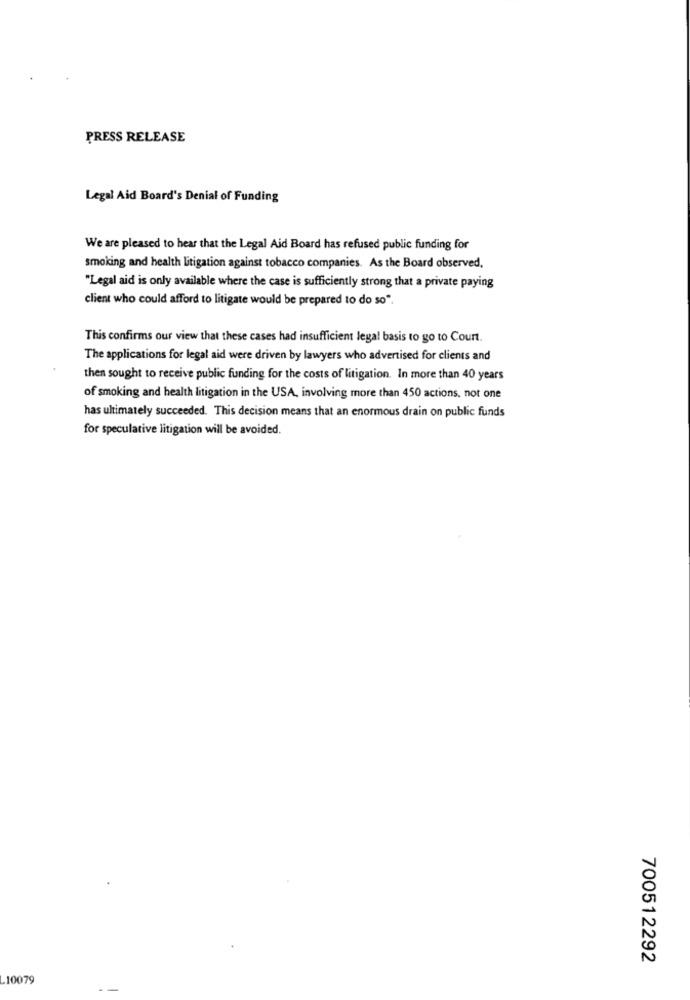
PRESS RELEASE
Legal Aid Board's Denial of Funding
We are pleased to hear that the Legal Aid Board has refused public funding for
smoking and health litigation against tobacco companies. As the Board observed,
"Legal aid is only available where the case is sufficiently strong that a private paying
client who could afford to litigate would be prepared to do so".
This confirms our view that these cases had insufficient legal basis to go to Court.
The applications for legal aid were driven by lawyers who advertised for clients and
then sought to receive public funding for the costs of litigation. In more than 40 years
of smoking and health litigation in the USA, involving more than 450 actions. not one
has ultimately succeeded. This decision means that an enormous drain on public funds
for speculative litigation will be avoided.
700512292
10079